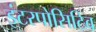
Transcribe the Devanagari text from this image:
इंटरपोसिटिव